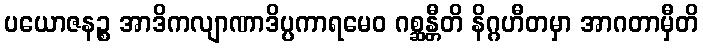
ပယောဇနဉ္စ အာဒိကလျာဏာဒိပ္ပကာရမေဝ ဂစ္ဆန္တီတိ နိဂ္ဂဟီတမှာ အာဂတာမှီတိ